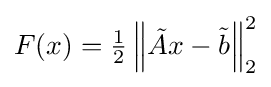
{\textstyle F(x)={\frac {1}{2}}\left\|{\tilde {A}}x-{\tilde {b}}\right\|_{2}^{2}}